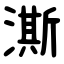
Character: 澌